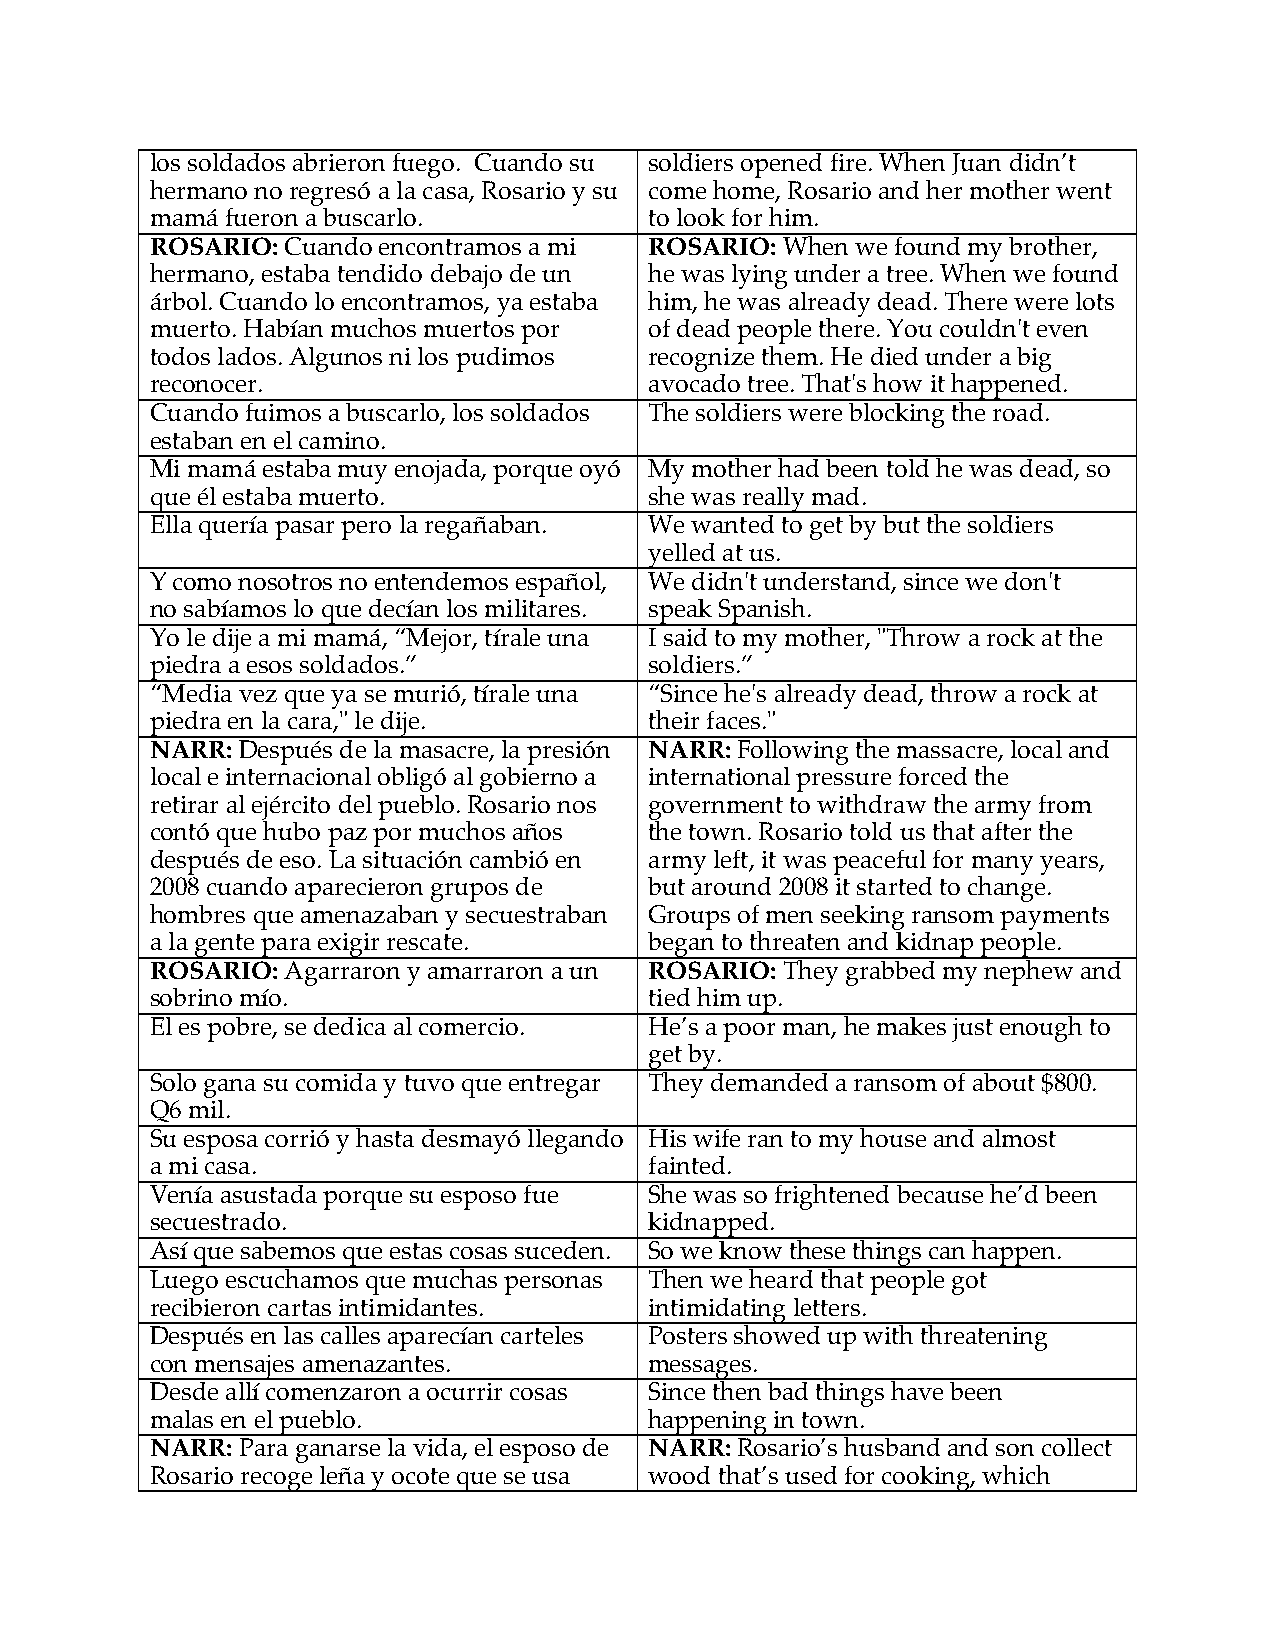
los soldados abrieron fuego. Cuando su soldiers opened fire. When Juan didn’t
 hermano no regresó a la casa, Rosario y su come home, Rosario and her mother went
 mamá fueron a buscarlo.          to look for him.
 ROSARIO: Cuando encontramos a mi ROSARIO: When we found my brother,
 hermano, estaba tendido debajo de un he was lying under a tree. When we found
 árbol. Cuando lo encontramos, ya estaba him, he was already dead. There were lots
 muerto. Habían muchos muertos por of dead people there. You couldn't even
 todos lados. Algunos ni los pudimos recognize them. He died under a big
 reconocer.                       avocado tree. That's how it happened.
 Cuando fuimos a buscarlo, los soldados The soldiers were blocking the road.
 estaban en el camino.
 Mi mamá estaba muy enojada, porque oyó My mother had been told he was dead, so
 que él estaba muerto.            she was really mad.
 Ella quería pasar pero la regañaban. We wanted to get by but the soldiers
 yelled at us.
 Y como nosotros no entendemos español, We didn't understand, since we don't
 no sabíamos lo que decían los militares. speak Spanish.
 Yo le dije a mi mamá, “Mejor, tírale una I said to my mother, "Throw a rock at the
 piedra a esos soldados.”         soldiers.”
 “Media vez que ya se murió, tírale una “Since he's already dead, throw a rock at
 piedra en la cara," le dije.     their faces."
 NARR: Después de la masacre, la presión NARR: Following the massacre, local and
 local e internacional obligó al gobierno a international pressure forced the
 retirar al ejército del pueblo. Rosario nos government to withdraw the army from
 contó que hubo paz por muchos años the town. Rosario told us that after the
 después de eso. La situación cambió en army left, it was peaceful for many years,
 2008 cuando aparecieron grupos de but around 2008 it started to change.
 hombres que amenazaban y secuestraban Groups of men seeking ransom payments
 a la gente para exigir rescate.  began to threaten and kidnap people.
 ROSARIO: Agarraron y amarraron a un ROSARIO: They grabbed my nephew and
 sobrino mío.                     tied him up.
 El es pobre, se dedica al comercio. He’s a poor man, he makes just enough to
 get by.
 Solo gana su comida y tuvo que entregar They demanded a ransom of about $800.
 Q6 mil.
 Su esposa corrió y hasta desmayó llegando His wife ran to my house and almost
 a mi casa.                       fainted.
 Venía asustada porque su esposo fue She was so frightened because he’d been
 secuestrado.                     kidnapped.
 Así que sabemos que estas cosas suceden. So we know these things can happen.
 Luego escuchamos que muchas personas Then we heard that people got
 recibieron cartas intimidantes.  intimidating letters.
 Después en las calles aparecían carteles Posters showed up with threatening
 con mensajes amenazantes.        messages.
 Desde allí comenzaron a ocurrir cosas Since then bad things have been
 malas en el pueblo.              happening in town.
 NARR: Para ganarse la vida, el esposo de NARR: Rosario’s husband and son collect
 Rosario recoge leña y ocote que se usa wood that’s used for cooking, which